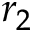
r _ { 2 }